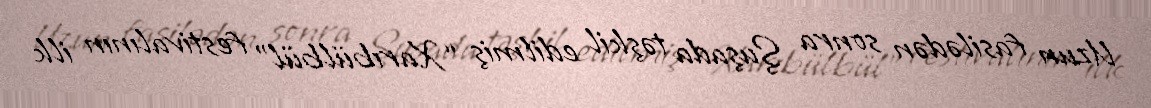
Uzun fasilədən sonra Şuşada təşkil edilmiş “Xarıbülbül” festivalının ilk